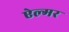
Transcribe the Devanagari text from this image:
ऐल्मर